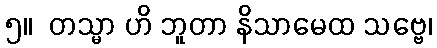
၅။  တသ္မာ ဟိ ဘူတာ နိသာမေထ သဗ္ဗေ၊